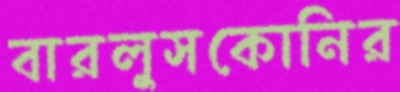
বারলুসকোনির